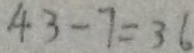
4 3 - 7 = 3 6